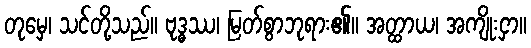
တုမှေ၊ သင်တို့သည်။ ဗုဒ္ဓဿ၊ မြတ်စွာဘုရား၏။ အတ္ထာယ၊ အကျိုးငှာ။